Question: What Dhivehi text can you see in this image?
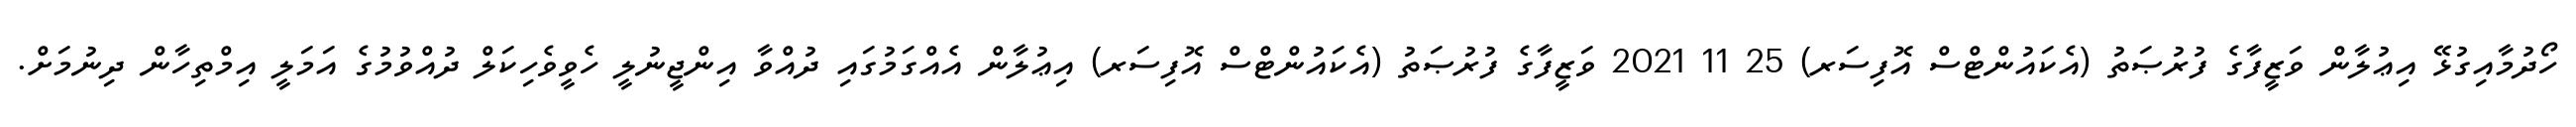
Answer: ހޯދުމާއިގުޅޭ އިޢުލާން ވަޒީފާގެ ފުރުޞަތު (އެކައުންޓްސް އޮފިސަރ) 25 11 2021 ވަޒީފާގެ ފުރުޞަތު (އެކައުންޓްސް އޮފިސަރ) އިޢުލާން އެއްގަމުގައި ދުއްވާ އިންޖީނުލީ ހެވީވެހިކަލް ދުއްވުމުގެ އަމަލީ އިމްތިހާން ދިނުމަށް.